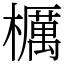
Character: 櫔